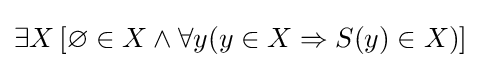
\exists X\left[\varnothing \in X\land \forall y(y\in X\Rightarrow S(y)\in X)\right]